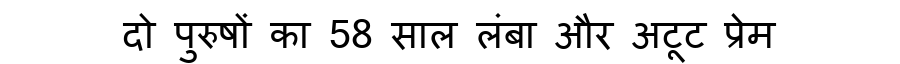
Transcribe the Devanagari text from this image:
दो पुरुषों का 58 साल लंबा और अटूट प्रेम